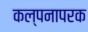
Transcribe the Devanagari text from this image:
कल्पनापरक